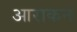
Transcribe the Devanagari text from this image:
आराकन